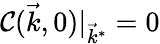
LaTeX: \mathcal{C}(\vec{{k}},0)|_{\vec{{k}}^{*}}=0